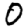
Digit: 0